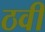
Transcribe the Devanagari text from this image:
ठवीं